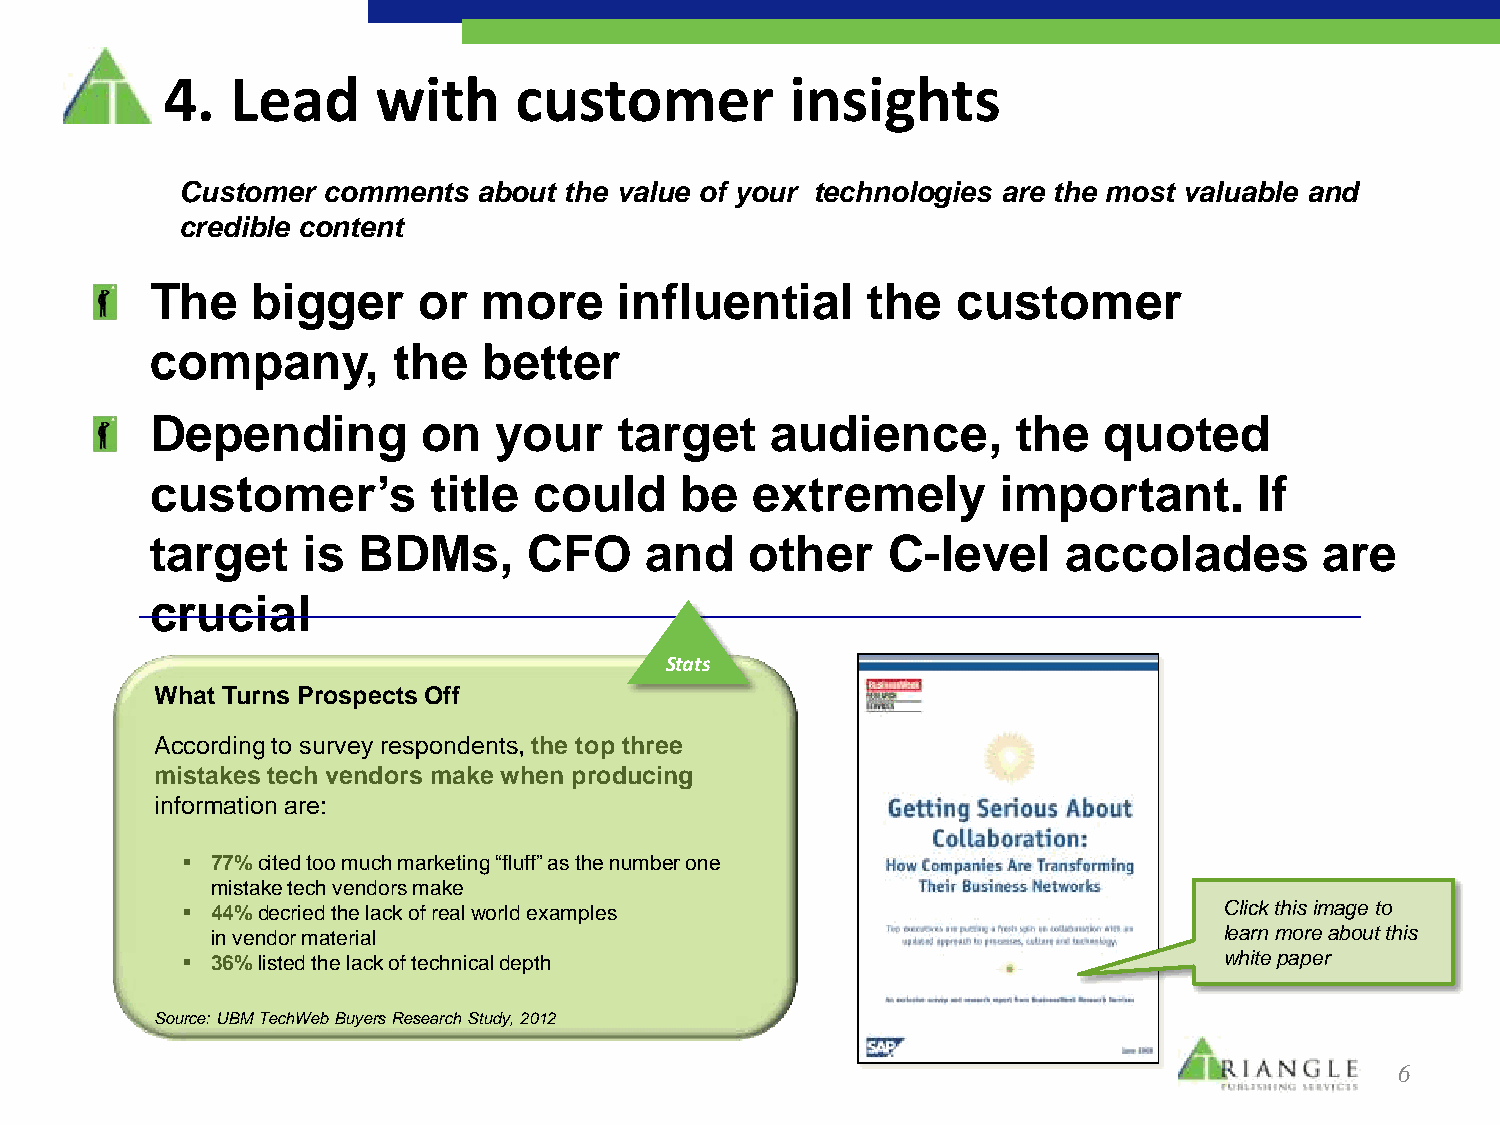
4.  Lead      with     customer          insights
 Customer comments   about the value of your technologies are the most valuable and
 credible content
 The    bigger     or  more     influential     the   customer
 company,        the   better
 Depending         on   your    target    audience,       the   quoted
 customer’s        title  could     be   extremely       important.       If
 target    is  BDMs,      CFO     and    other    C-level     accolades        are
 crucial
 Stats
 What Turns Prospects Off
 According to survey respondents, the top three
 mistakes tech vendors make when producing
 information are:
  77% cited too much marketing “fluff” as the number one
 mistake tech vendors make
  44% decried the lack of real world examples                        Click this image to
 in vendor material                                                 learn more about this
  36% listed the lack of technical depth                             white paper
 Source: UBM TechWeb Buyers Research Study, 2012
 6